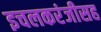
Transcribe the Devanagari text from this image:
इचलकरंजीसह